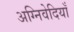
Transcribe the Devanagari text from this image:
अग्निवेदियाँ